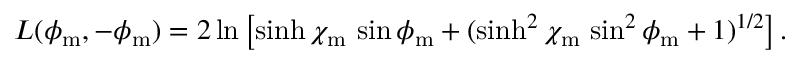
L ( \phi _ { \mathrm { m } } , - \phi _ { \mathrm { m } } ) = 2 \ln \left[ \sinh \chi _ { \mathrm { m } } \, \sin \phi _ { \mathrm { m } } + ( \sinh ^ { 2 } \chi _ { \mathrm { m } } \, \sin ^ { 2 } \phi _ { \mathrm { m } } + 1 ) ^ { 1 / 2 } \right] .